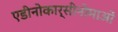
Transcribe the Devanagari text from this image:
एडीनोकार्सीनोमाओं